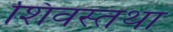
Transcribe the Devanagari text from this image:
शिवस्तथा